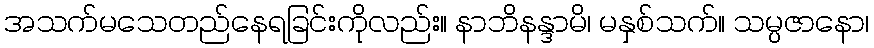
အသက်မသေတည်နေရခြင်းကိုလည်း။ နာဘိနန္ဒာမိ၊ မနှစ်သက်။ သမ္ပဇာနော၊